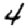
Digit: 4